Annual report of the Imperial Bacteriologist
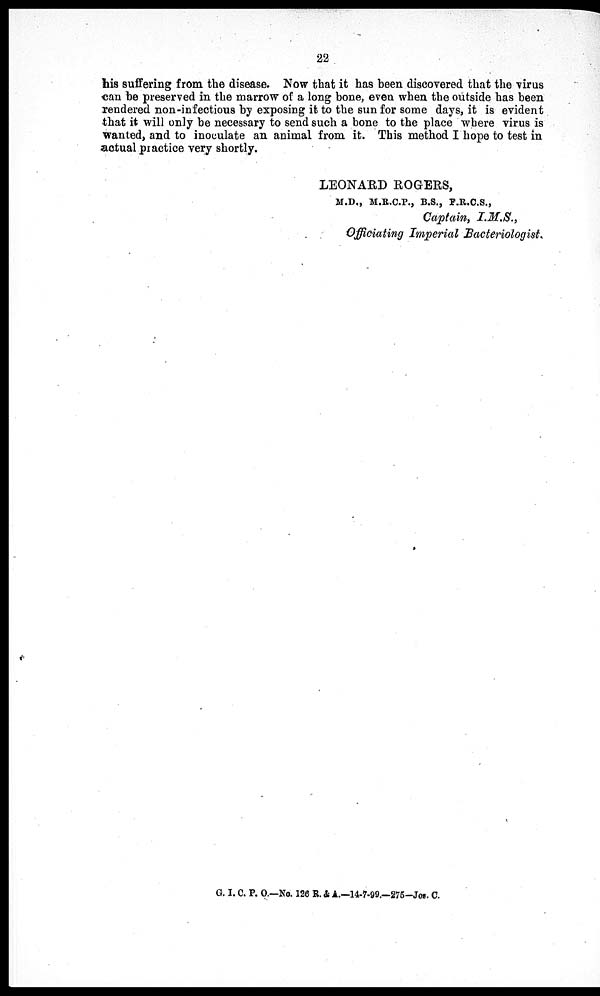
22
his suffering from the disease. Now that it has been discovered that the virus
can be preserved in the marrow of a long bone, even when the outside has been
rendered non-infectious by exposing it to the sun for some days, it is evident
that it will only be necessary to send such a bone to the place where virus is
wanted, and to inoculate an animal from it. This method I hope to test in
actual practice very shortly.
LEONARD ROGERS,
M.D., M.R.C.P., B.S., F.R.C.S.,
Captain, I.M.S.,
Officiating Imperial Bacteriologist,
G. I. C. P. O.—No. 126 R. & A.—14-7-99.—275-JOS. C.